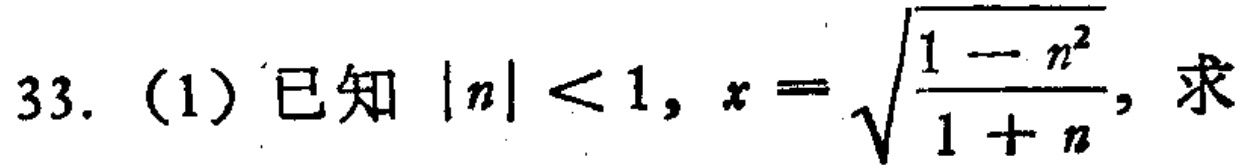
33. (1) 已知\(\vert n\vert<1\)，\(x = \sqrt{\frac{1 - n^{2}}{1 + n}}\)，求